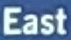
East